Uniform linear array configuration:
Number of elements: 4
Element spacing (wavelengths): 0.25
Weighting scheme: blackman
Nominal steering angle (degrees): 0
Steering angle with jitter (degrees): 1.462
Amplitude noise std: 0.05
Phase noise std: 0.05

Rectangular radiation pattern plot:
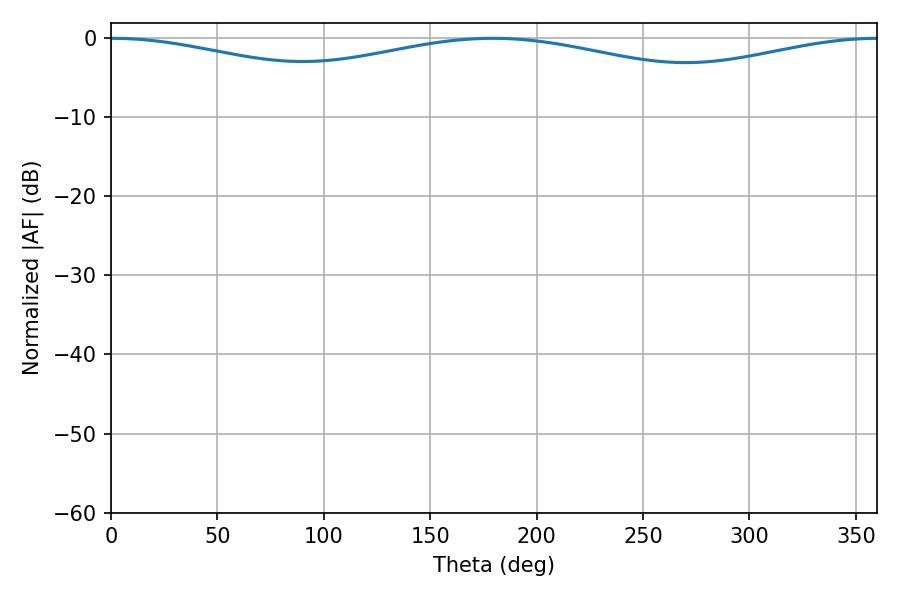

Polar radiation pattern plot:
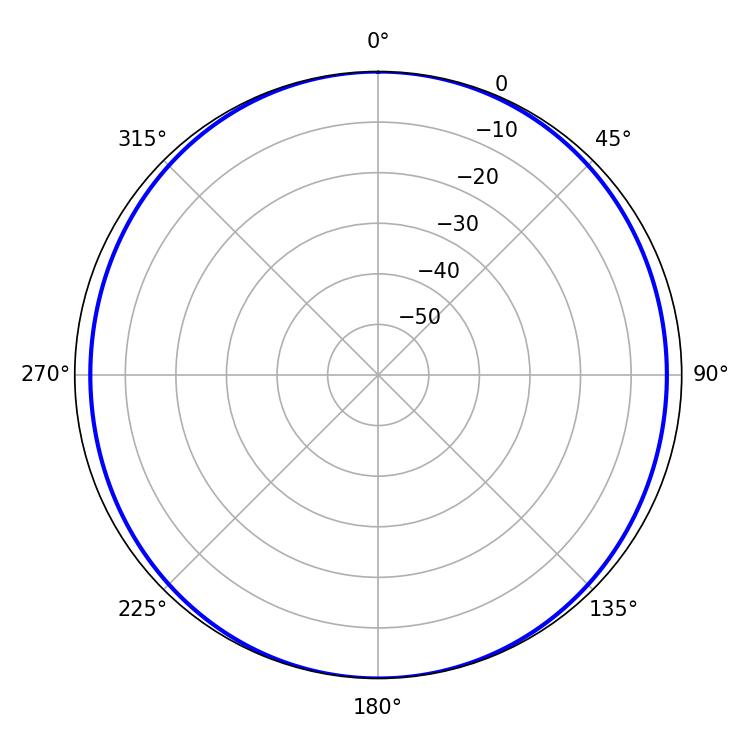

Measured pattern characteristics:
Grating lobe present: FALSE
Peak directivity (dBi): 18.439
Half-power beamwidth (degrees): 262.08
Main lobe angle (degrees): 0.54